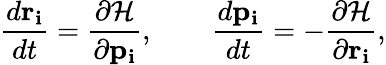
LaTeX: {\frac{d\mathbf{r_{i}}}{dt}}={\frac{\partial{\mathcal{H}}}{\partial\mathbf{p_{i}}}},\qquad{\frac{d\mathbf{p_{i}}}{dt}}=-{\frac{\partial{\mathcal{H}}}{\partial\mathbf{r_{i}}}},